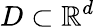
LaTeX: D\subset\mathbb{R}^{d}